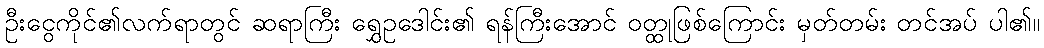
ဦးငွေကိုင်၏လက်ရာတွင် ဆရာကြီး ရွှေဥဒေါင်း၏ ရန်ကြီးအောင် ဝတ္ထုဖြစ်ကြောင်း မှတ်တမ်း တင်အပ် ပါ၏။